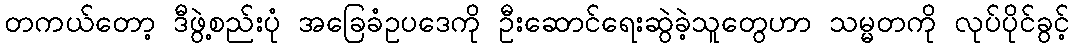
တကယ်တော့ ဒီဖွဲ့စည်းပုံ အခြေခံဥပဒေကို ဦးဆောင်ရေးဆွဲခဲ့သူတွေဟာ သမ္မတကို လုပ်ပိုင်ခွင့်